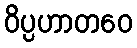
ဝိပ္ပဟာတဝေ